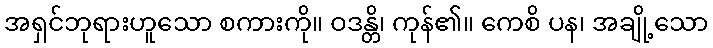
အရှင်ဘုရားဟူသော စကားကို။ ဝဒန္တိ၊ ကုန်၏။ ကေစိ ပန၊ အချို့သော